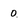
Character: 0